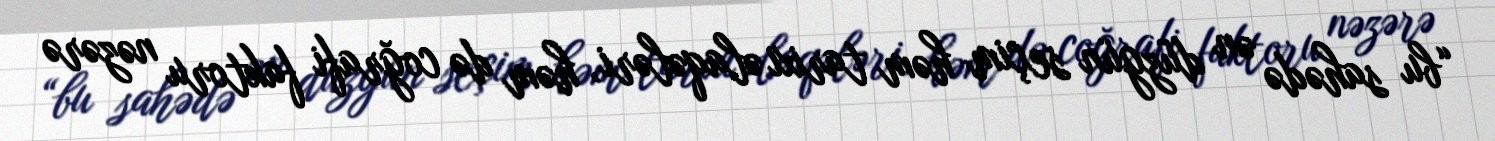
“bu sahədə ən düzgün seçim həm tarixi əlaqələri, həm də coğrafi faktoru nəzərə